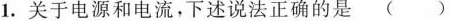
1. 关于电源和电流，下述说法正确的是（）